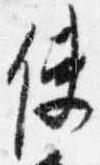
使